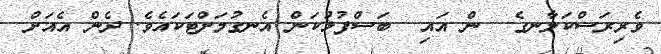
ވެރިރަސްކަލާނގެ  ން އައި  ބަސްފުޅުކަން އެނގުމަށްޓަކައެވެ. ދެން އެއަށް